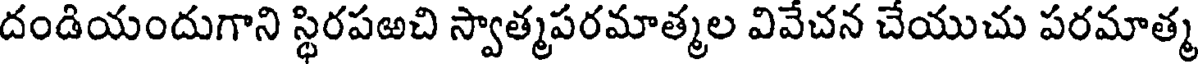
దండియందుగాని స్థిరపఱచి స్వాత్మపరమాత్మల వివేచన చేయుచు పరమాత్మ